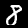
Label: 8